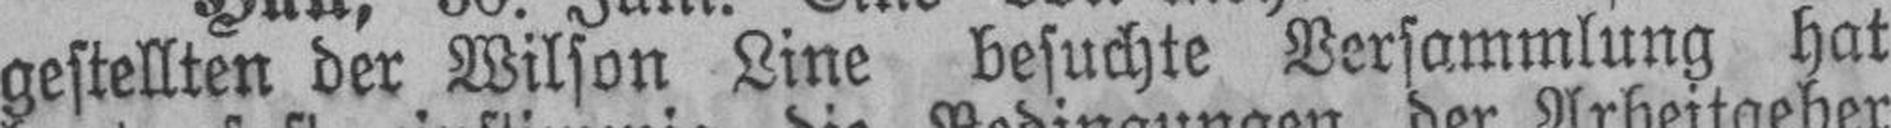
gestellten der Wilson Line besuchte Versammlung hat